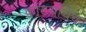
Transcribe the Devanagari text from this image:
कांटयांचेच